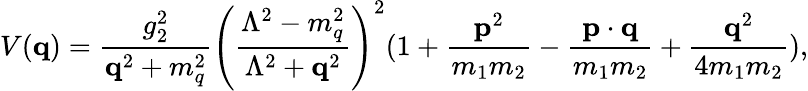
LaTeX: V({\mathbf q})=\frac{g_{2}^{2}}{{\mathbf q}^{2}+m_{q}^{2}}\left(\frac{\Lambda^{2}-m_{q}^{2}}{\Lambda^{2}+{\mathbf q}^{2}}\right)^{2}(1+\frac{{\mathbf p}^{2}}{m_{1}m_{2}}-{\frac{{\mathbf p}\cdot{\mathbf q}}{m_{1}m_{2}}}+\frac{{\mathbf q}^{2}}{4m_{1}m_{2}}),